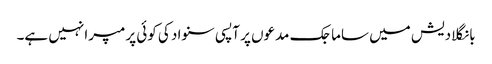
بانگلادیش میں ساماجک مدعوں پر آپسی سنواد کی کوئی پرمپرا نہیں ہے۔